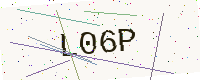
Text: L06P